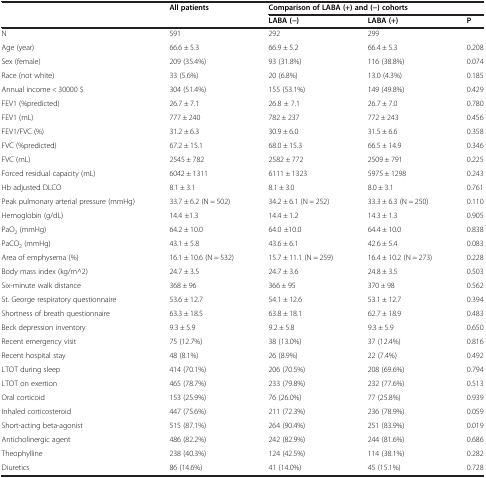
<table><thead><tr><td><b> </b></td><td><b>All patients</b></td><td colspan="3"><b>Comparison of LABA (+) and (−) cohorts</b></td></tr><tr><td><b> </b></td><td><b> </b></td><td><b>LABA (−)</b></td><td><b>LABA (+)</b></td><td><b>P</b></td></tr></thead><tbody><tr><td>N</td><td>591</td><td>292</td><td>299</td><td> </td></tr><tr><td>Age (year)</td><td>66.6 ± 5.3</td><td>66.9 ± 5.2</td><td>66.4 ± 5.3</td><td>0.208</td></tr><tr><td>Sex (female)</td><td>209 (35.4%)</td><td>93 (31.8%)</td><td>116 (38.8%)</td><td>0.074</td></tr><tr><td>Race (not white)</td><td>33 (5.6%)</td><td>20 (6.8%)</td><td>13.0 (4.3%)</td><td>0.185</td></tr><tr><td>Annual income &lt; 30000 $</td><td>304 (51.4%)</td><td>155 (53.1%)</td><td>149 (49.8%)</td><td>0.429</td></tr><tr><td>FEV1 (%predicted)</td><td>26.7 ± 7.1</td><td>26.8 ± 7.1</td><td>26.7 ± 7.0</td><td>0.780</td></tr><tr><td>FEV1 (mL)</td><td>777 ± 240</td><td>782 ± 237</td><td>772 ± 243</td><td>0.456</td></tr><tr><td>FEV1/FVC (%)</td><td>31.2 ± 6.3</td><td>30.9 ± 6.0</td><td>31.5 ± 6.6</td><td>0.358</td></tr><tr><td>FVC (%predicted)</td><td>67.2 ± 15.1</td><td>68.0 ± 15.3</td><td>66.5 ± 14.9</td><td>0.346</td></tr><tr><td>FVC (mL)</td><td>2545 ± 782</td><td>2582 ± 772</td><td>2509 ± 791</td><td>0.225</td></tr><tr><td>Forced residual capacity (mL)</td><td>6042 ± 1311</td><td>6111 ± 1323</td><td>5975 ± 1298</td><td>0.243</td></tr><tr><td>Hb adjusted DLCO</td><td>8.1 ± 3.1</td><td>8.1 ± 3.0</td><td>8.0 ± 3.1</td><td>0.761</td></tr><tr><td>Peak pulmonary arterial pressure (mmHg)</td><td>33.7 ± 6.2 (N = 502)</td><td>34.2 ± 6.1 (N = 252)</td><td>33.3 ± 6.3 (N = 250)</td><td>0.110</td></tr><tr><td>Hemoglobin (g/dL)</td><td>14.4 ±1.3</td><td>14.4 ± 1.2</td><td>14.3 ± 1.3</td><td>0.905</td></tr><tr><td>PaO<sub>2</sub> (mmHg)</td><td>64.2 ± 10.0</td><td>64.0 ±10.0</td><td>64.4 ± 10.0</td><td>0.838</td></tr><tr><td>PaCO<sub>2</sub> (mmHg)</td><td>43.1 ± 5.8</td><td>43.6 ± 6.1</td><td>42.6 ± 5.4</td><td>0.083</td></tr><tr><td>Area of emphysema (%)</td><td>16.1 ± 10.6 (N = 532)</td><td>15.7 ± 11.1 (N = 259)</td><td>16.4 ± 10.2 (N = 273)</td><td>0.228</td></tr><tr><td>Body mass index (kg/m^2)</td><td>24.7 ± 3.5</td><td>24.7 ± 3.6</td><td>24.8 ± 3.5</td><td>0.503</td></tr><tr><td>Six-minute walk distance</td><td>368 ± 96</td><td>366 ± 95</td><td>370 ± 98</td><td>0.562</td></tr><tr><td>St. George respiratory questionnaire</td><td>53.6 ± 12.7</td><td>54.1 ± 12.6</td><td>53.1 ± 12.7</td><td>0.394</td></tr><tr><td>Shortness of breath questionnaire</td><td>63.3 ± 18.5</td><td>63.8 ± 18.1</td><td>62.7 ± 18.9</td><td>0.483</td></tr><tr><td>Beck depression inventory</td><td>9.3 ± 5.9</td><td>9.2 ± 5.8</td><td>9.3 ± 5.9</td><td>0.650</td></tr><tr><td>Recent emergency visit</td><td>75 (12.7%)</td><td>38 (13.0%)</td><td>37 (12.4%)</td><td>0.816</td></tr><tr><td>Recent hospital stay</td><td>48 (8.1%)</td><td>26 (8.9%)</td><td>22 (7.4%)</td><td>0.492</td></tr><tr><td>LTOT during sleep</td><td>414 (70.1%)</td><td>206 (70.5%)</td><td>208 (69.6%)</td><td>0.794</td></tr><tr><td>LTOT on exertion</td><td>465 (78.7%)</td><td>233 (79.8%)</td><td>232 (77.6%)</td><td>0.513</td></tr><tr><td>Oral corticoid</td><td>153 (25.9%)</td><td>76 (26.0%)</td><td>77 (25.8%)</td><td>0.939</td></tr><tr><td>Inhaled corticosteroid</td><td>447 (75.6%)</td><td>211 (72.3%)</td><td>236 (78.9%)</td><td>0.059</td></tr><tr><td>Short-acting beta-agonist</td><td>515 (87.1%)</td><td>264 (90.4%)</td><td>251 (83.9%)</td><td>0.019</td></tr><tr><td>Anticholinergic agent</td><td>486 (82.2%)</td><td>242 (82.9%)</td><td>244 (81.6%)</td><td>0.686</td></tr><tr><td>Theophylline</td><td>238 (40.3%)</td><td>124 (42.5%)</td><td>114 (38.1%)</td><td>0.282</td></tr><tr><td>Diuretics</td><td>86 (14.6%)</td><td>41 (14.0%)</td><td>45 (15.1%)</td><td>0.728</td></tr></tbody></table>